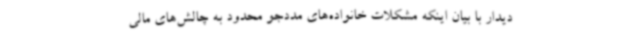
دیدار با بیان اینکه مشکلات خانواده‌های مددجو محدود به چالش‌های مالی